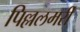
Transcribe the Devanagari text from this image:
पिल्ललमर्री